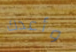
وأعدك